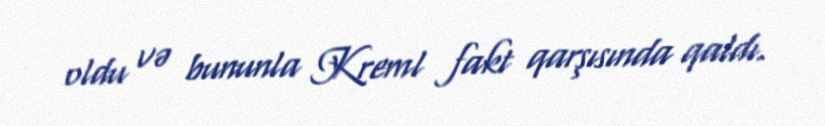
oldu və bununla Kreml fakt qarşısında qaldı.